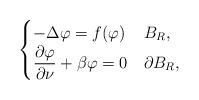
LaTeX: \begin{align*} \begin{cases} -\Delta \varphi= f(\varphi) &B_R,\\ \dfrac{\partial \varphi}{\partial \nu}+\beta \varphi=0 &\partial B_R, \end{cases} \end{align*}